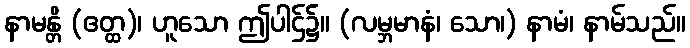
နာမန္တိ (ဧတ္ထ)၊ ဟူသော ဤပါဌ်၌။ (လမ္ဘမာနံ၊ သော၊) နာမံ၊ နာမ်သည်။